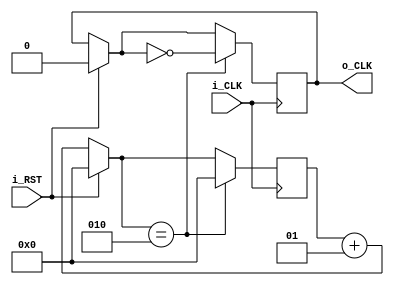
module time_divider 
#(parameter ratio=4)
(
    input i_CLK,
    input i_RST,
    output reg o_CLK
);
    integer c;
    integer target=ratio/2;
    initial begin
        o_CLK=0;
        c=0;
    end
    always @(posedge i_CLK) begin
        if(i_RST==1) begin
            c=0;
            o_CLK=0;
        end
        else begin
            c=c+1;
        end
        if(c==target) begin
            o_CLK=~o_CLK;
            c=0;
        end
    end
endmodule